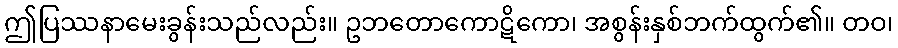
ဤပြဿနာမေးခွန်းသည်လည်း။ ဥဘတောကောဋိကော၊ အစွန်းနှစ်ဘက်ထွက်၏။ တဝ၊